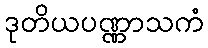
ဒုတိယပဏ္ဏာသကံ